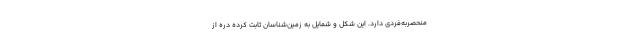
منحصربه‌فردی دارد. این شکل و شمایل به زمین‌شناسان ثابت کرده دره از